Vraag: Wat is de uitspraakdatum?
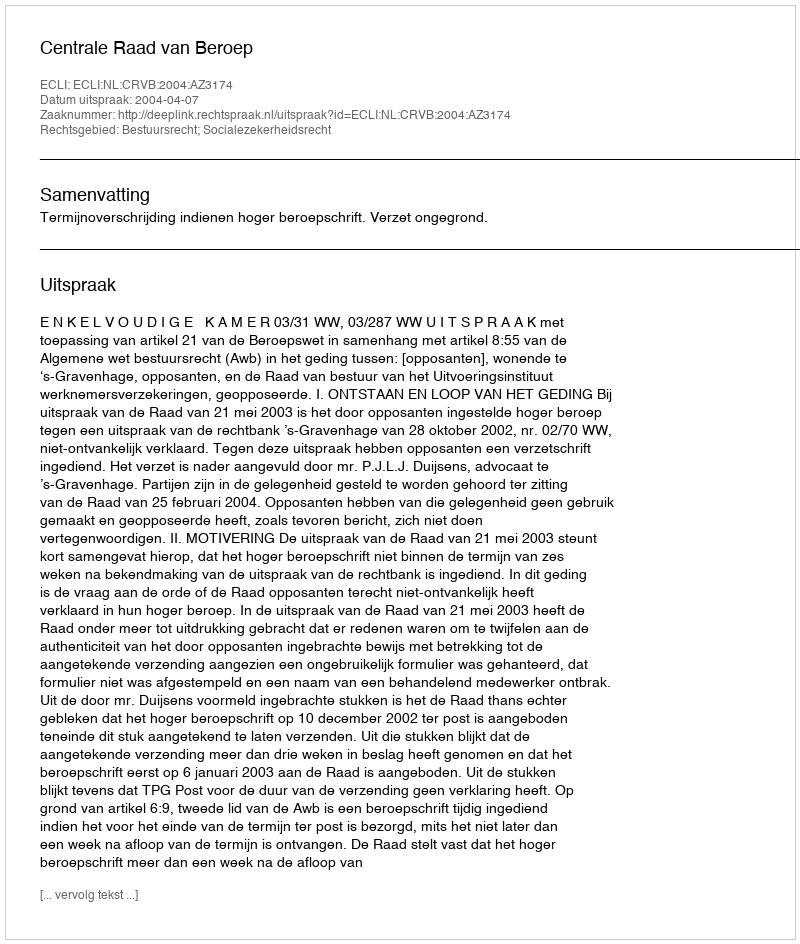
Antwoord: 2004-04-07